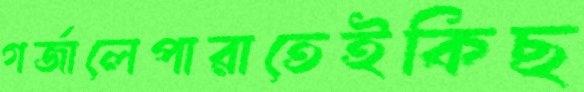
গর্জালেপারাতেইকিছ